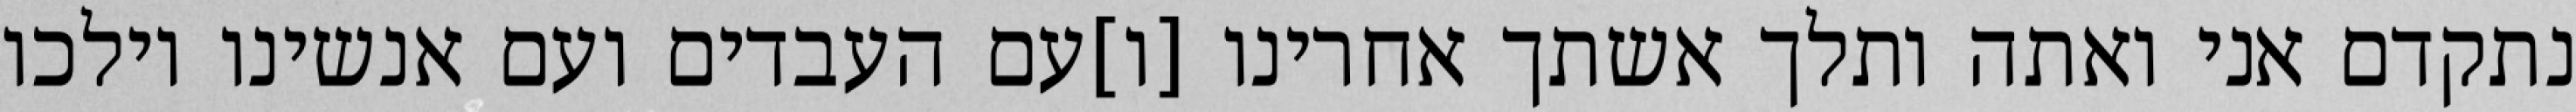
נתקדם אני ואתה ותלך אשתך אחרינו [ו]עם העבדים ועם אנשינו וילכו